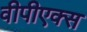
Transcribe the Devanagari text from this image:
वीपीएक्स